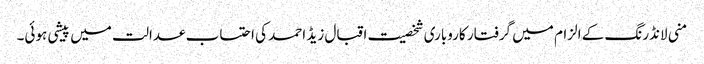
منی لانڈرنگ کے الزام میں گرفتار کاروباری شخصیت اقبال زیڈ احمد کی احتساب عدالت میں پیشی ہوئی۔